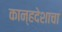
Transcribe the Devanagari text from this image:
कान्हदेशाचा